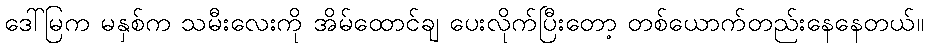
ဒေါ်မြက မနှစ်က သမီးလေးကို အိမ်ထောင်ချ ပေးလိုက်ပြီးတော့ တစ်ယောက်တည်းနေနေတယ်။